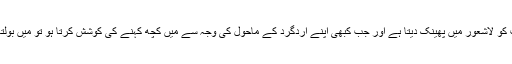
ردعمل کے طور پر کبھی صرف سوچتا ہوں، کبھی میرا دماغ اس بات کو لاشعور میں پھینک دیتا ہے اور جب کبھی اپنے اردگرد کے ماحول کی وجہ سے میں کچھ کہنے کی کوشش کرتا ہو تو میں بولتا ہوں، میں لکھتا ہوں اور اپنی بات بذریعہ بلاگ آپ تک پہنچا دیتا ہوں۔